Indian journal of veterinary science and animal husbandry - Volumes 22-23, 1952-1953
Year: 1952
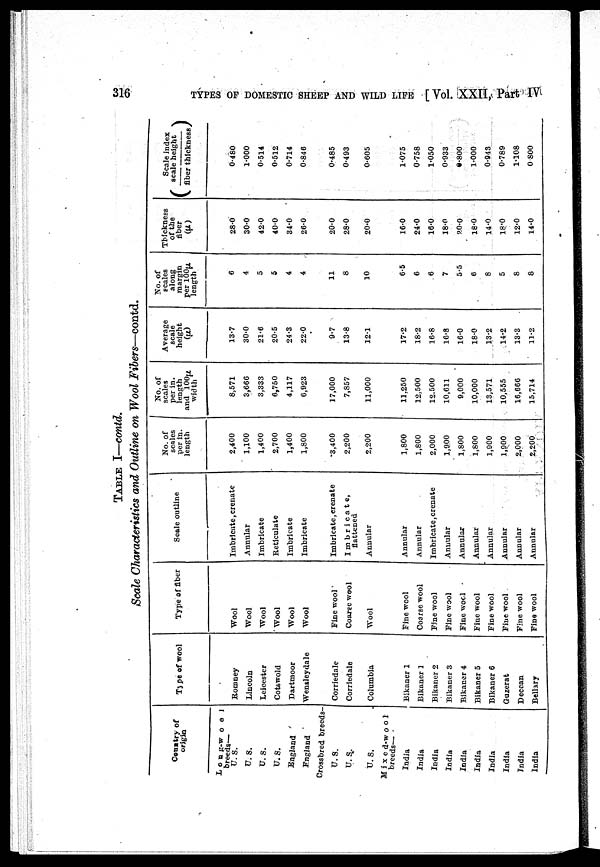
316
TYPES OF DOMESTIC SHEEP AND WILD LIFE [ Vol. XXII, Part IV
TABLE I—contd.
Scale Characteristics and Outline on Wool Fibers—contd.
Country of
origin
Long-wool
breeds—
U. S.
U. S.
U. S.
U. S.
England
England
Crossbred breeds-
U. S.
U. S.
U. S.
Mixed-wool
breeds—
India
India
India
India
India
India
India
India
India
India
Type of wool
Romney
Lincoln
Leicester
Cotswold
Dartmoor
Wensleydale
Corriedale
Corriedale
Columbia
Bikaner 1
Bikaner 1
Bikaner 2
Bikaner 3
Bikaner 4
Bikaner 5
Bikaner 6
Guzerat
Deccan
Bellary
Type of fiber
Wool
Wool
Wool
Wool
Wool
Wool
Fine wool
Coarse wool
Wool
Fine wool
Coarse wool
Fine wool
Fine wool
Fine wool
Fine wool
Fine wool
Fine wool
Fine wool
Fine wool
Scale outline
Imbricate, crenate
Annular
Imbricate
Reticulate
Imbricate
Imbricate
Imbricate, crenate
Imbricate,
flattened
Annular
Annular
Annular
Imbricate, crenate
Annular
Annular
Annular
Annular
Annular
Annular
Annular
No. of
scales
per in.
length
2,400
1,100
1,400
2,700
1,400
1,800
3,400
2,200
2,200
1,800
1,800
2,000
1,900
1,800
1,800
1,900
1,900
2,000
2,200
No. of
scales
per in.
length
and 100µ
width
8,571
3,666
3,333
6,750
4,117
6,923
17,000
7,857
11,000
11,250
12,500
12.500
10,611
9,000
10,000
13,571
10,555
16,666
15,714
Average
scale
height
(µ)
13.7
30.0
21.6
20.5
24.3
22.0
9.7
13.8
12.1
17.2
18.2
16.8
16.8
16.0
18.0
13.2
14.2
13.3
11.2
No. of
scales
along
margin
per 100µ
length
6
4
5
5
4
4
11
8
10
6.5
6
6
7
5.5
6
8
5
8
8
Thickness
of the
fiber
(µ)
28.0
30.0
42.0
40.0
34.0
26.0
20.0
28.0
20.0
16.0
24.0
16.0
18.0
20.0
18.0
14.0
18.0
12.0
14.0
Scale index
(scale
height/
fiber thickness)
0.480
1.000
0.514
0.512
0.714
0.846
0.485
0.493
0.605
1.075
0.758
1.050
0.933
0.800
1.000
0.943
0.789
1.108
0.800